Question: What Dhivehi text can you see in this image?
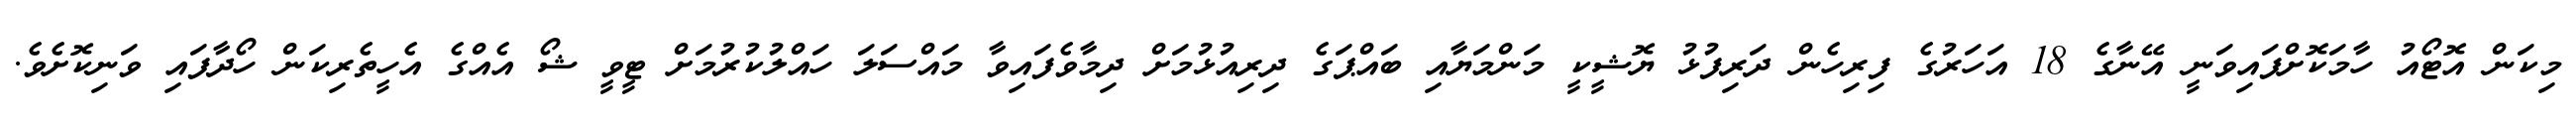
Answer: މިކަން އޮޓޯއު ހާމަކޮށްފައިވަނީ އޭނާގެ 18 އަހަރުގެ ފިރިހެން ދަރިފުޅު ޔޮޝީކީ މަންމަޔާއި ބައްޕަގެ ދިރިއުޅުމަށް ދިމާވެފައިވާ މައްސަލަ ހައްލުކުރުމަށް ޓީވީ ޝޯ އެއްގެ އެހީތެރިކަން ހޯދާފައި ވަނިކޮށެވެ.